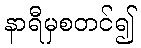
နာရီမှစတင်၍